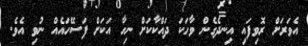
އެވަރަށް ރޮވިފައި އިނދެގެން ވާހަކަ ދައްކާކަށް ނިހާ އަކަށް ފަސޭހައެއް ނުވި އެވެ.